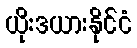
ယိုးဒယားနိုင်ငံ